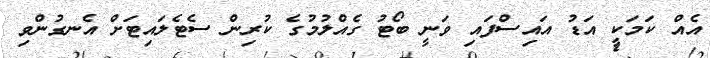
އެއް ކަމަކީ އަޑު އައިސްފައި ވަނީ ބޯޓު ގެއްލުމުގެ ކުރިން ސެޓެލައިޓަށް އެނގުންވި